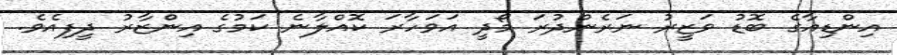
އިންޑިއާގެ ބޮޑު ވަޒީރު ނަރެންދުރަ މޯދީ އަވަހާރަ ކޮއްލާނެ ކަމުގެ އިންޒާރު ދީފިއެވެ.